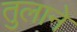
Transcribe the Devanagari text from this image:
तुलाने